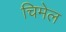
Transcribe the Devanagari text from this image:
चिमेल